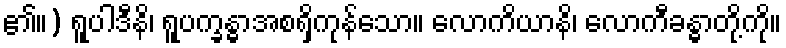
၏။) ရူပါဒီနိ၊ ရူပက္ခန္ဓာအစရှိကုန်သော။ လောကိယာနိ၊ လောကီခန္ဓာတို့ကို။